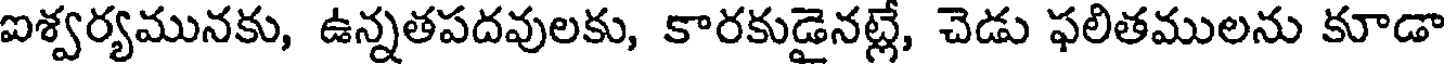
ఐశ్వర్యమునకు, ఉన్నతపదవులకు, కారకుడైనట్లే, చెడు ఫలితములను కూడా